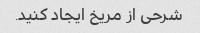
شرحی از مریخ ایجاد کنید.